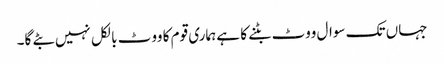
جہاں تک سوال ووٹ بٹنے کا ہے ہماری قوم کا ووٹ بالکل نہیں بٹے گا۔